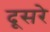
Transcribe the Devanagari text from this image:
दूसरेे